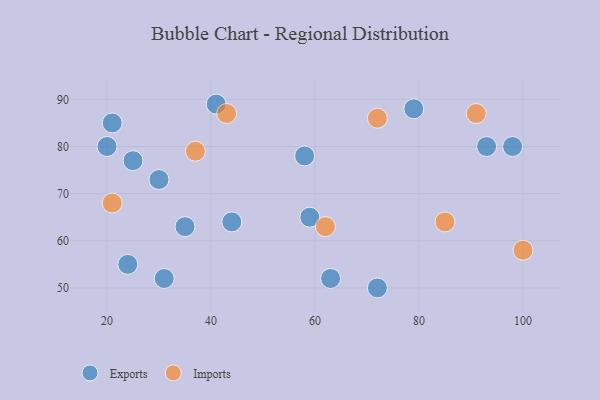
{"axis": {"x": "GDP", "y": "Life Expectancy"}, "legend": ["Exports", "Imports"], "data": [{"x": "21", "y": 85, "type": "Exports"}, {"x": "24", "y": 55, "type": "Exports"}, {"x": "59", "y": 65, "type": "Exports"}, {"x": "20", "y": 80, "type": "Exports"}, {"x": "44", "y": 64, "type": "Exports"}, {"x": "35", "y": 63, "type": "Exports"}, {"x": "31", "y": 52, "type": "Exports"}, {"x": "30", "y": 73, "type": "Exports"}, {"x": "79", "y": 88, "type": "Exports"}, {"x": "63", "y": 52, "type": "Exports"}, {"x": "93", "y": 80, "type": "Exports"}, {"x": "98", "y": 80, "type": "Exports"}, {"x": "72", "y": 50, "type": "Exports"}, {"x": "25", "y": 77, "type": "Exports"}, {"x": "58", "y": 78, "type": "Exports"}, {"x": "41", "y": 89, "type": "Exports"}, {"x": "37", "y": 79, "type": "Imports"}, {"x": "85", "y": 64, "type": "Imports"}, {"x": "72", "y": 86, "type": "Imports"}, {"x": "100", "y": 58, "type": "Imports"}, {"x": "21", "y": 68, "type": "Imports"}, {"x": "91", "y": 87, "type": "Imports"}, {"x": "43", "y": 87, "type": "Imports"}, {"x": "62", "y": 63, "type": "Imports"}]}